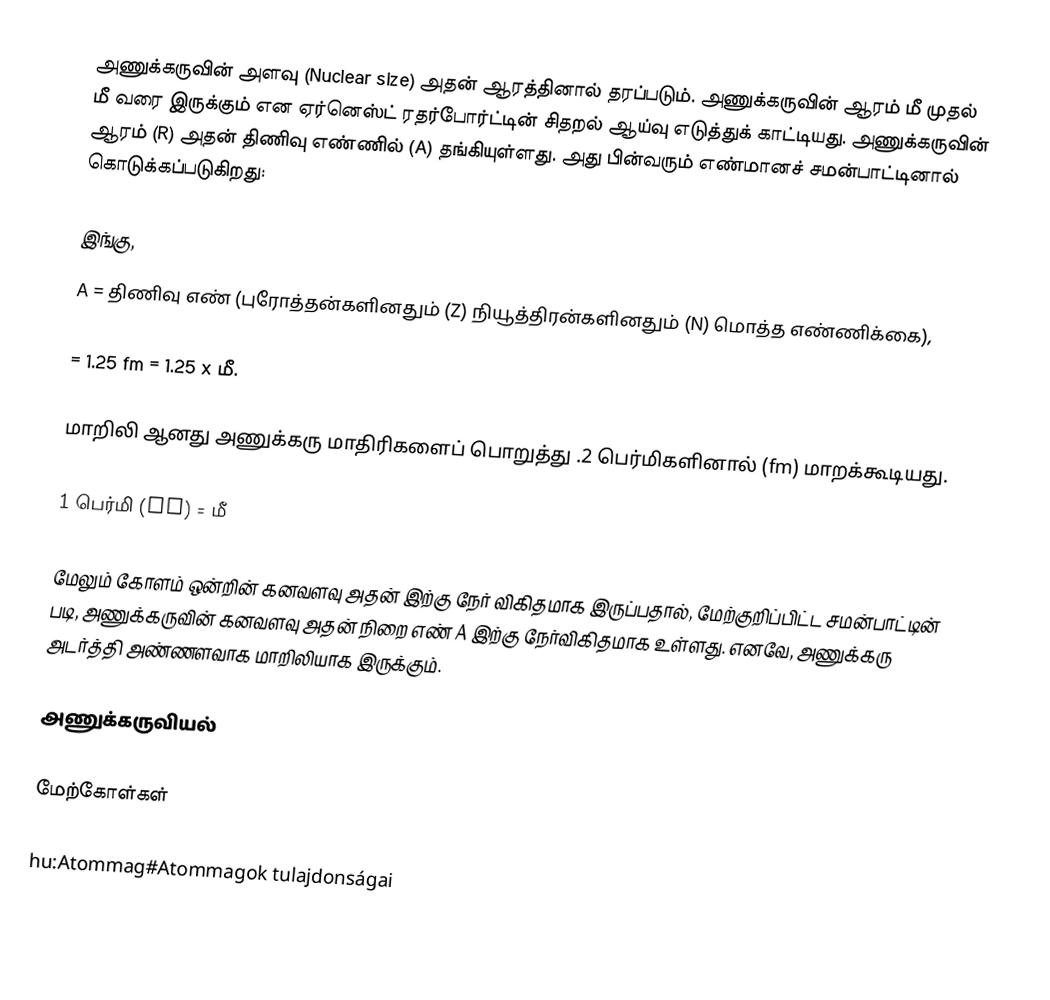
அணுக்கருவின் அளவு (Nuclear size) அதன் ஆரத்தினால் தரப்படும். அணுக்கருவின் ஆரம்  மீ முதல்  மீ வரை இருக்கும் என ஏர்னெஸ்ட் ரதர்போர்ட்டின் சிதறல் ஆய்வு எடுத்துக் காட்டியது. அணுக்கருவின் ஆரம் (R) அதன் திணிவு எண்ணில் (A) தங்கியுள்ளது. அது பின்வரும் எண்மானச் சமன்பாட்டினால் கொடுக்கப்படுகிறது:

இங்கு,
A = திணிவு எண் (புரோத்தன்களினதும் (Z) நியூத்திரன்களினதும் (N) மொத்த எண்ணிக்கை),

 = 1.25 fm = 1.25 x  மீ.

மாறிலி  ஆனது அணுக்கரு மாதிரிகளைப் பொறுத்து .2 பெர்மிகளினால் (fm) மாறக்கூடியது.

1 பெர்மி (fm) =  மீ

மேலும் கோளம் ஒன்றின் கனவளவு அதன்  இற்கு நேர் விகிதமாக இருப்பதால், மேற்குறிப்பிட்ட சமன்பாட்டின் படி, அணுக்கருவின் கனவளவு அதன் நிறை எண் A இற்கு நேர்விகிதமாக உள்ளது. எனவே, அணுக்கரு அடர்த்தி அண்ணளவாக மாறிலியாக இருக்கும்.

அணுக்கருவியல்

மேற்கோள்கள்

hu:Atommag#Atommagok tulajdonságai